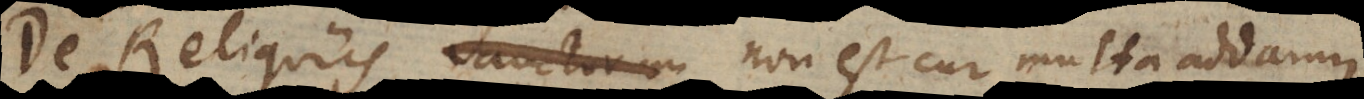
De Reliquiis Sanctorum non est cur multa addamus.